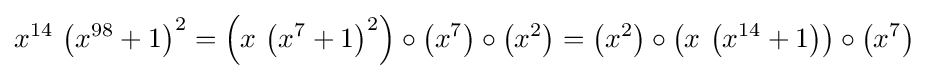
x^{14}\,\left(x^{98}+1\right)^{2}=\left(x\,\left(x^{7}+1\right)^{2}\right)\circ \left(x^{7}\right)\circ \left(x^{2}\right)=\left(x^{2}\right)\circ \left(x\,\left(x^{14}+1\right)\right)\circ \left(x^{7}\right)